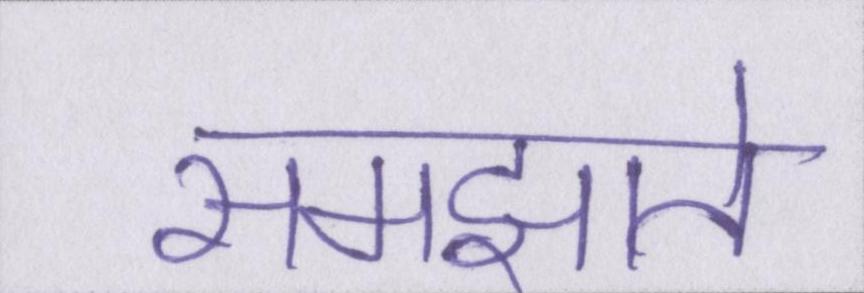
समझाते